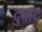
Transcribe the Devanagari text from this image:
दुषाद